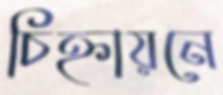
চিহ্নায়নে